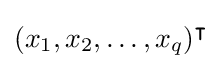
(x_{1},x_{2},\dots ,x_{q})^{\intercal }